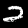
Label: 2